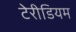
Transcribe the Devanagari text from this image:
टेरीडियम